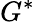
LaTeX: G^{*}